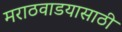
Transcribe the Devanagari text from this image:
मराठवाडयासाठी